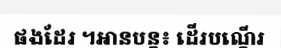
ផងដែរ ។អានបន្ត៖ ដើរបណ្តើរ